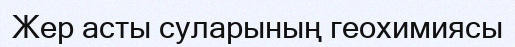
Жер асты суларының геохимиясы